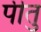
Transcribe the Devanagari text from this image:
पीतु